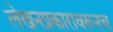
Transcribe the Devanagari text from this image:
लेखनप्रकारावरूनच